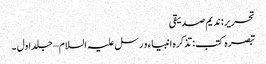
تحریر : ندیم صدیقی
تبصرہ کتب : تذکرہ انبیاء و رسل علیہ السلام – جلد اول ۔